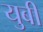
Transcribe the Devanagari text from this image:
युबी